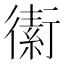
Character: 䘘